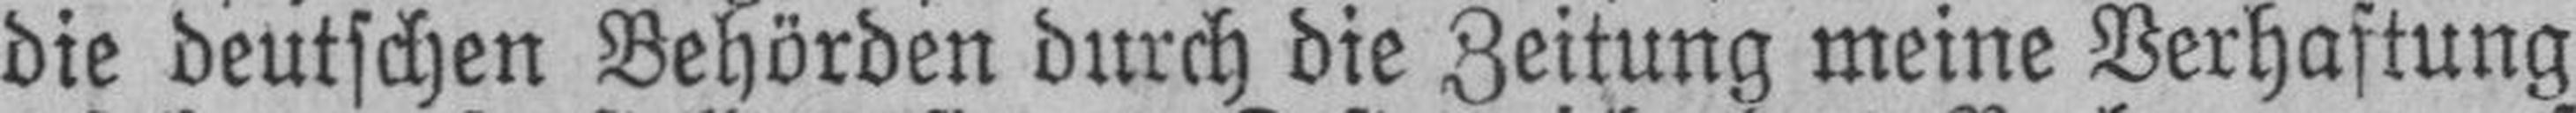
die deutschen Behörden durch die Zeitung meine Verhaftung